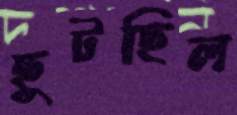
ছুটছিল